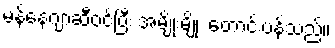
မန်နေဂျာဆီဝင်ပြီး အမျိုးမျိုး တောင်းပန်သည်။